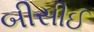
બીસીઈ